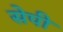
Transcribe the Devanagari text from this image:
सेपी